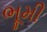
ભૂમી